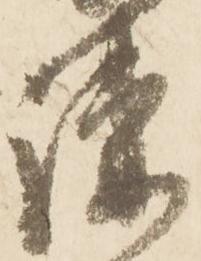
疎